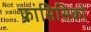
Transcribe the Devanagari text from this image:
फ्रांसिसिको